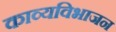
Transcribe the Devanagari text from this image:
काव्यविभाजन